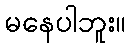
မနေပါဘူး။